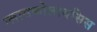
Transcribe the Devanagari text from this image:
ग्लायकोलायसिस